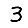
Digit: 3